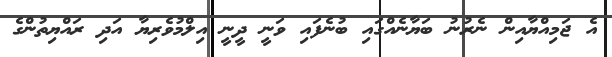
އެ ޖަމިއްޔާއިން ނެރުނު ބަޔާނެއްގައި ބުނެފައި ވަނީ ދީނީ އިލްމުވެރިޔާ އަދި ރައްޔިތުންގެ